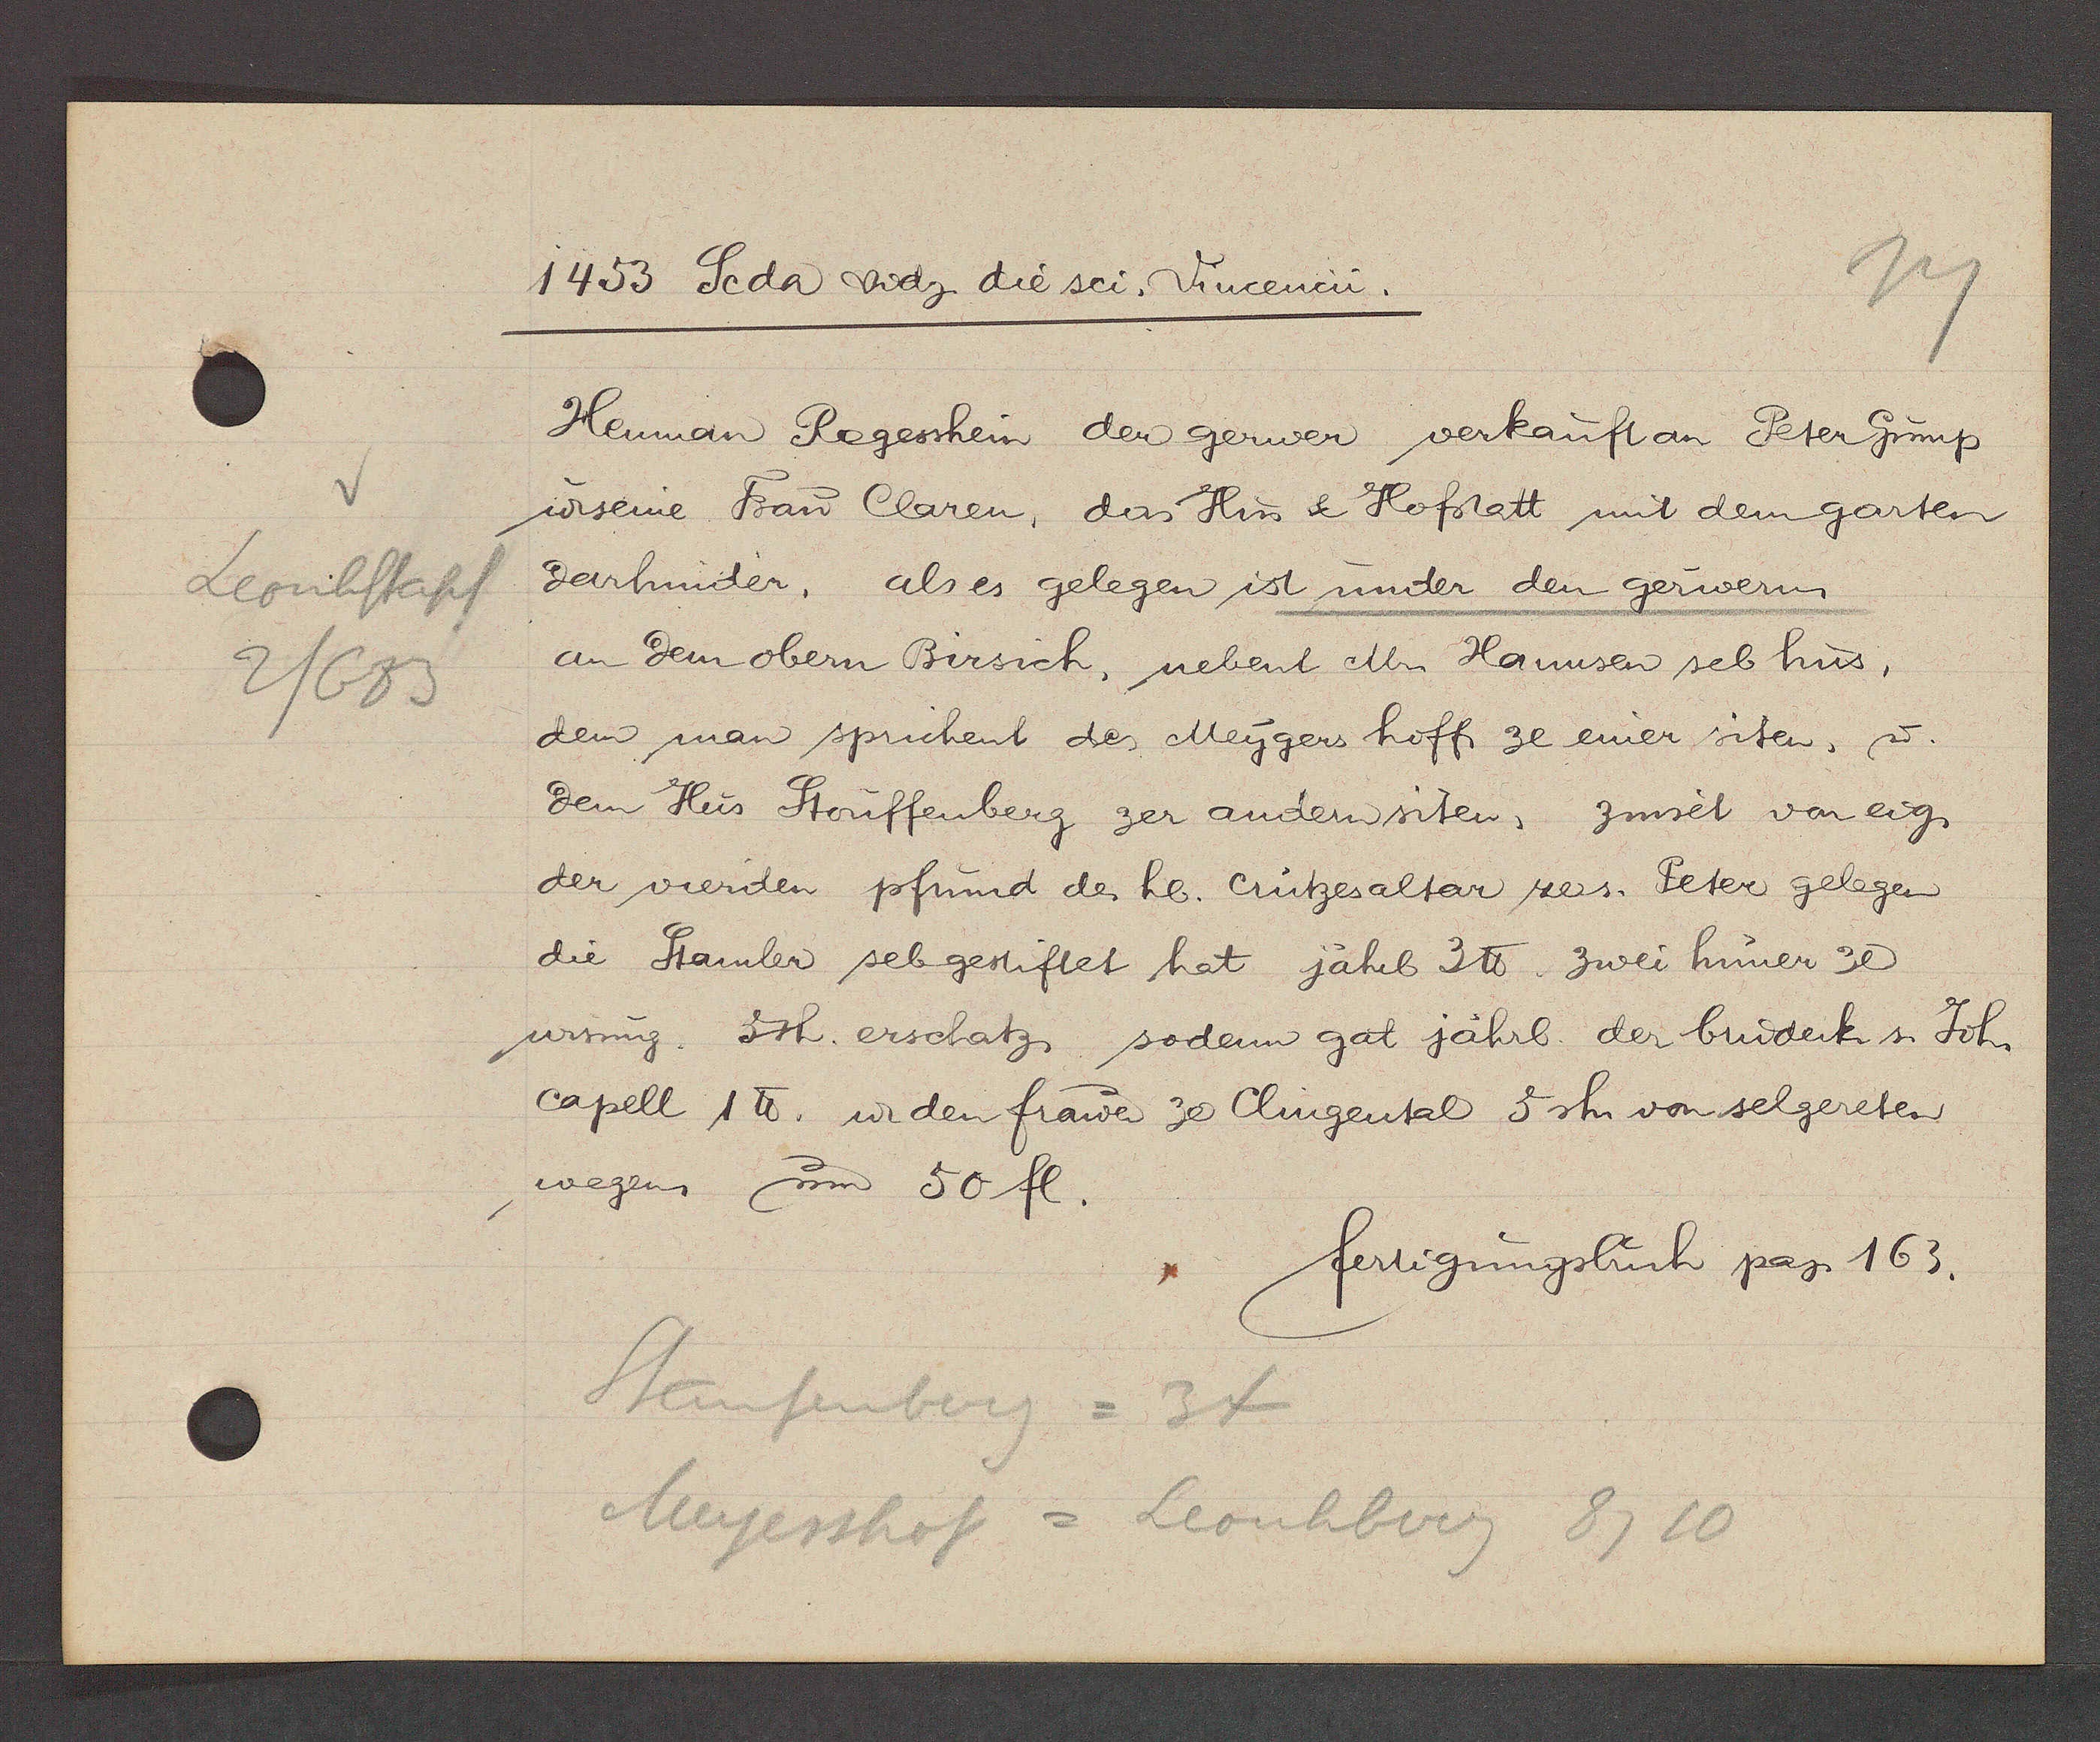
Transcript:
Leonhstapf
2/683

1453 Scda Didz. die sci. Vincencii.

Heuman Regesshein der gerwer verkauft an Peter Grunp
u. seine Frau Claren, das Hus & Hofstatt mit dem garten
derhinder, als es gelegen ist under den gerwerm
an dem obern Birsich, nebent Mr. Hannsen sel hus,
dem man sprichent des Meygers hoff ze einer siten, u.
dem Hus Stouffenberg zer andern siten, zinset von eig.
der vierden pfrund des hl. crutzesaltar zes. Peter gelegen
die Stamler sebgestiftet hat jährl 3 ℔. zwei huner ze
wisung, 5sh. erschatz, sodenn gal jährl. der bruderk s. Joh.
capell 1℔. u den frander ze Clingental 5 sh. von selgereten
wegen um 50 fl.

fertigungsbuch pag 163.

Staufenberg = 34
Meyesshof = Leonhberg 8710